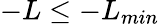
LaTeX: -L\leq-L_{min}